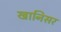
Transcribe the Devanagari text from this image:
खानिसर